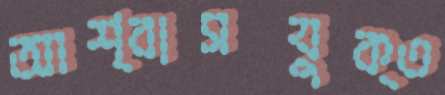
আশ্বাসযুক্ত